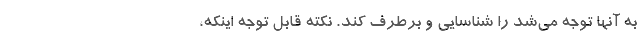
به آنها توجه می‌شد را شناسایی و برطرف کند. نکته قابل توجه اینکه،